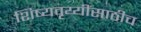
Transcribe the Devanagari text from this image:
शिष्यवृय्यींसाठीच